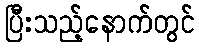
ပြီးသည့်နောက်တွင်